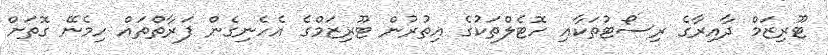
ޓޫރިޒަމް ދާއިރާގެ ރިސޯޓުތަކާއި ހޮޓެލްތަކުގެ އިތުރުން ޓޫރިޒަމްގެ އެހެނިގެން ފަރާތްތައް ހިމެނޭ ގޮތަށް